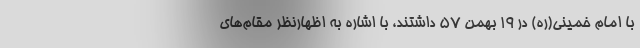
با امام خمینی(ره) در ۱۹ بهمن ۵۷ داشتند، با اشاره به اظهارنظر مقام‌های